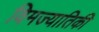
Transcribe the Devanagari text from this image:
विमज्यातिकी